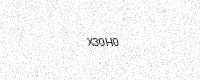
Text: X30H0